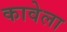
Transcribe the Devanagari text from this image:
कावेला